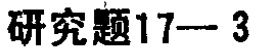
研究题17—3